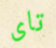
تاى